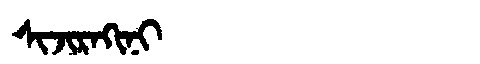
Manchu: ᠰᡳᠵᡳᡵᠠᡴᡳᠨᡳ
Romanization: SIJIRAKINI